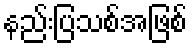
နည်းပြသစ်အဖြစ်